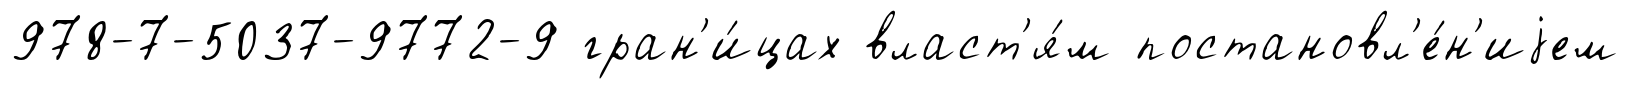
978-7-5037-9772-9 гран'и́цах власт'я́м постановл'е́н'иjем